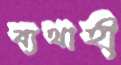
ব্যথাহী